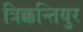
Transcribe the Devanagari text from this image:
त्रिक्कन्तियुर